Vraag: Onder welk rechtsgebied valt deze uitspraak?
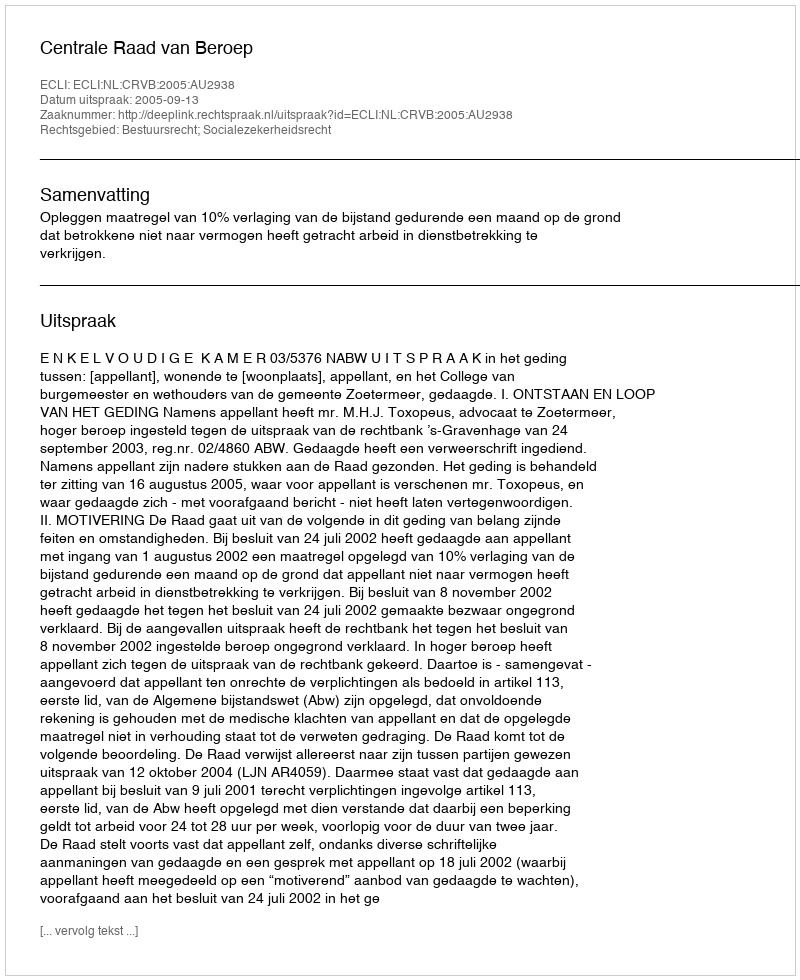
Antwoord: Bestuursrecht; Socialezekerheidsrecht